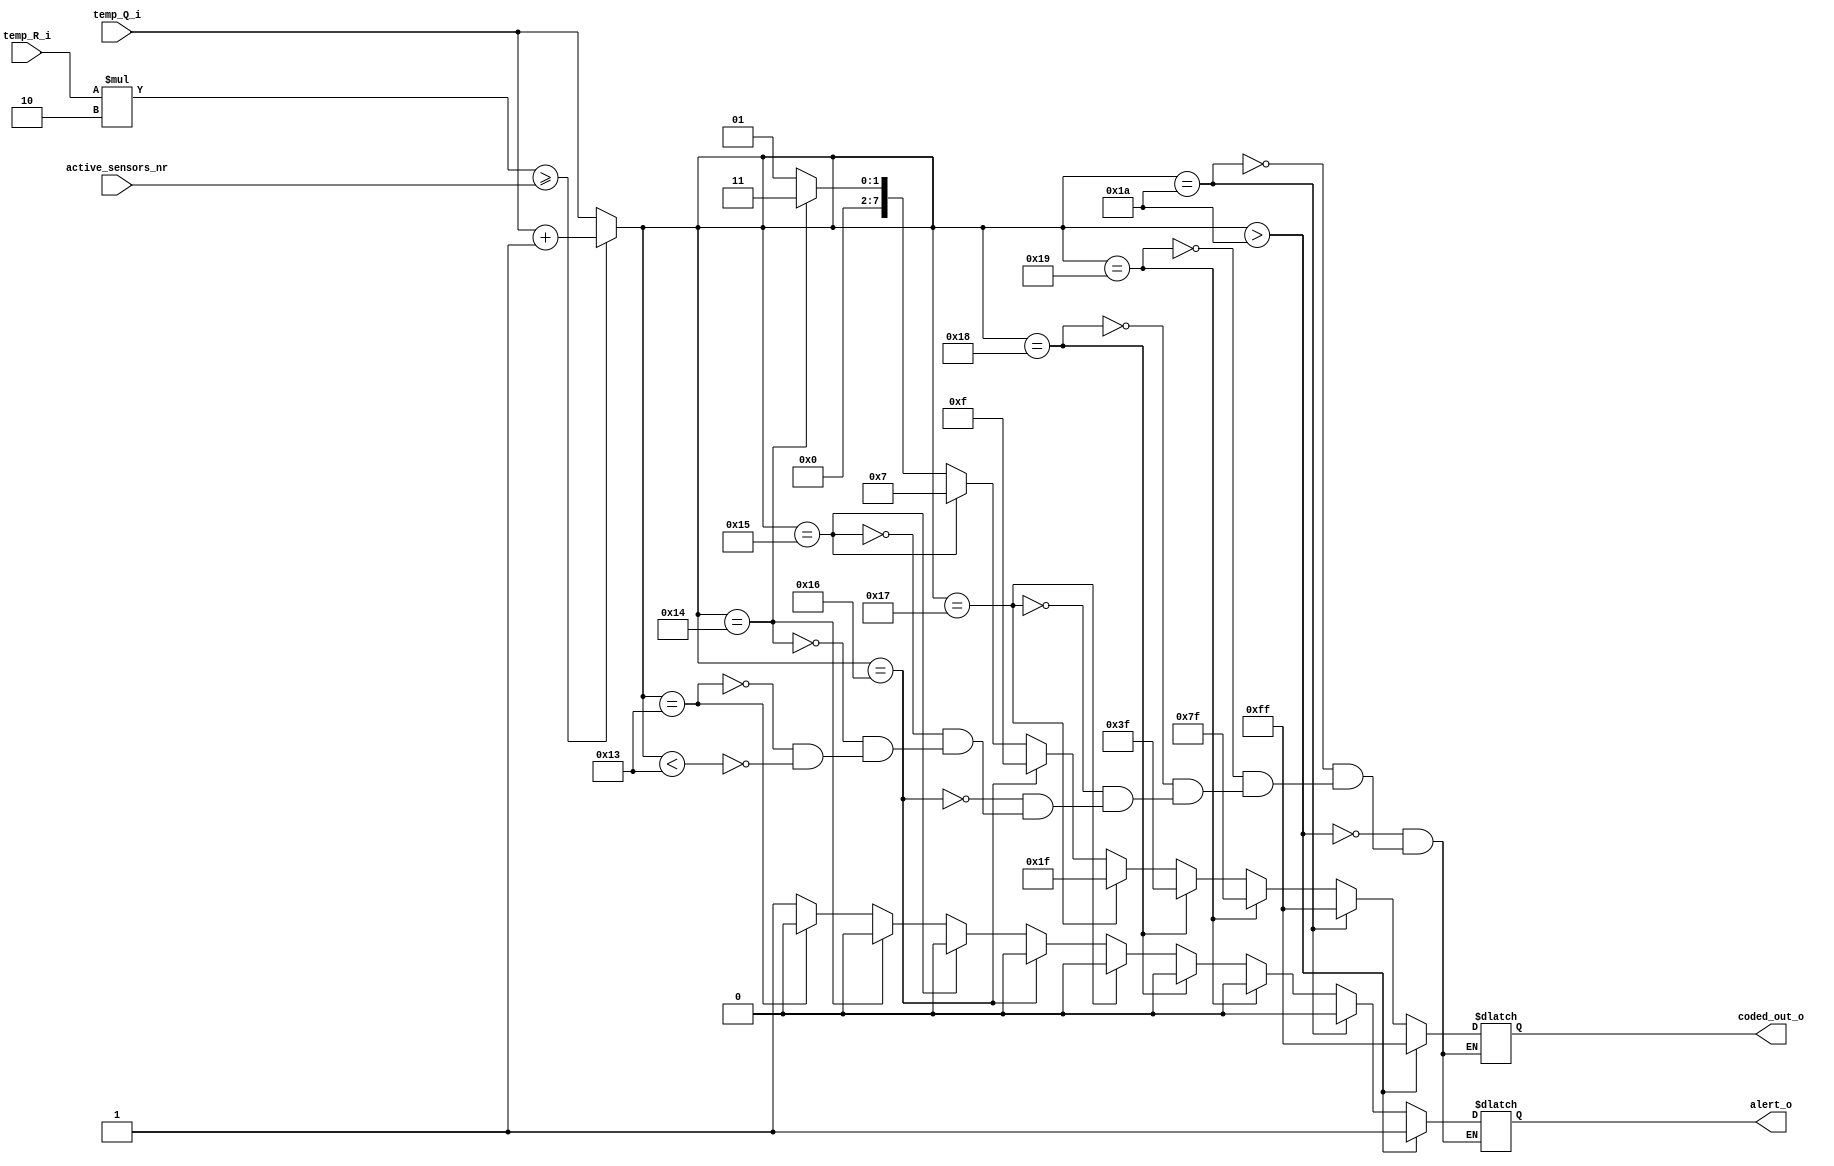
`timescale 1ns / 1ps
//////////////////////////////////////////////////////////////////////////////////
// Company: 
// Engineer: 
// 
// Design Name: 
// Module Name:    output_display 
// Project Name: 
// Target Devices: 
// Tool versions: 
// Description: 
//
// Dependencies: 
//
// Revision: 
// Revision 0.01 - File Created
// Additional Comments: 
//
//////////////////////////////////////////////////////////////////////////////////


module output_display (
output reg [7:0] coded_out_o,
output reg alert_o,
input [15:0] temp_Q_i,
input [15:0] temp_R_i,
input [7:0] active_sensors_nr);

reg [15:0] a;
always @(*) begin
a= temp_Q_i; // a este temperatura medie pe care o obtinem
if(temp_R_i*2 >=active_sensors_nr) begin
							                  a=a+1;  
											  end
//putem considera ca restul reprezinta un procent din deimpartit. Daca procentul este mai mare ca 0.5 
//atunci putem aproxima temperatura medie ca fiind urmatorul intreg
if(a  < 19 ) begin // pt a codifica temperatura medie o sa comparam a cu fiecare numar din tabelul dat
					coded_out_o =  8'b00000001;
					alert_o = 1;	
					end 
 
if(a  == 19 ) begin    
					coded_out_o =  8'b 00000001;
					alert_o = 0;	
					end 
 
if(a  == 20 ) begin    
					coded_out_o =  8'b 00000011;
					alert_o = 0;	
					end 
		
 
if(a  == 21 ) begin    
					coded_out_o =  8'b 00000111;
					alert_o = 0;	
					end 

 
if(a  == 22 ) begin    
					coded_out_o =  8'b 00001111;
					alert_o = 0;	
					end 

 
if(a  == 23 ) begin    
					coded_out_o =  8'b 00011111;
					alert_o = 0;	
					end 

 
if(a  == 24 ) begin    
					coded_out_o =  8'b 00111111;
					alert_o = 0;	
					end 
					
 
if(a  == 25 ) begin    
					coded_out_o =  8'b 01111111;
					alert_o = 0;	
					end 
					
 
if(a  == 26 ) begin   
					coded_out_o =  8'b 11111111;
					alert_o = 0;	
					end 
 
if(a  > 26 ) begin    
					coded_out_o =  8'b11111111;
					alert_o = 1;	
					end 
										
end							
										
endmodule